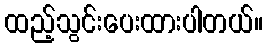
ထည့်သွင်းပေးထားပါတယ်။